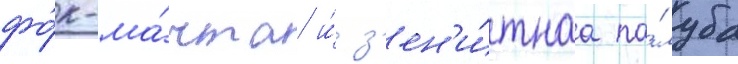
фо́к-ма́чта и́ з'ен'и́тнаа па́луба